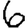
Digit: 6